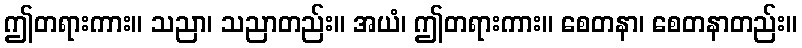
ဤတရားကား။ သညာ၊ သညာတည်း။ အယံ၊ ဤတရားကား။ စေတနာ၊ စေတနာတည်း။